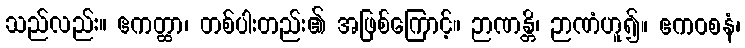
သည်လည်း။ ဧကတ္ထာ၊ တစ်ပါးတည်း၏ အဖြစ်ကြောင့်။ ဉာဏန္တိ၊ ဉာဏံဟူ၍။ ဧကဝစနံ၊